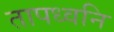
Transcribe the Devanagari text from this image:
तापध्वनि